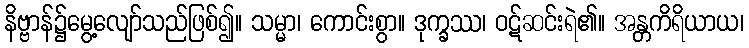
နိဗ္ဗာန်၌မွေ့လျော်သည်ဖြစ်၍။ သမ္မာ၊ ကောင်းစွာ။ ဒုက္ခဿ၊ ဝဋ်ဆင်းရဲ၏။ အန္တကိရိယာယ၊